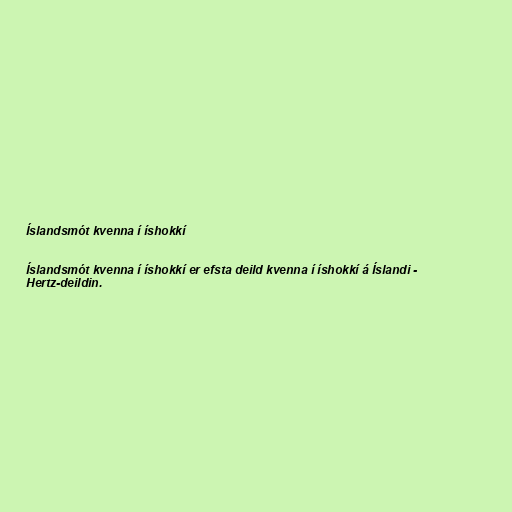
Íslandsmót kvenna í íshokkí

Íslandsmót kvenna í íshokkí er efsta deild kvenna í íshokkí á Íslandi -
Hertz-deildin.